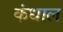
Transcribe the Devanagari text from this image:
कंधाल